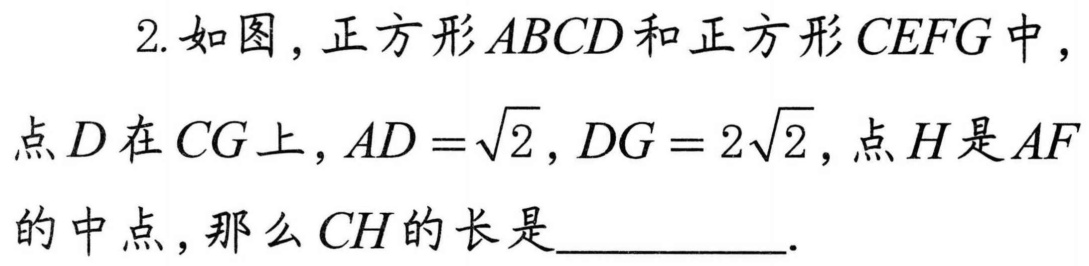
2. 如图，正方形$ABCD$和正方形$CEFG$中，点$D$在$CG$上，$AD = \sqrt{2}$，$DG = 2\sqrt{2}$，点$H$是$AF$的中点，那么$CH$的长是___________．